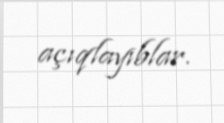
açıqlayıblar.